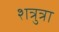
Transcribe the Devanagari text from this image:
शत्रुत्रा